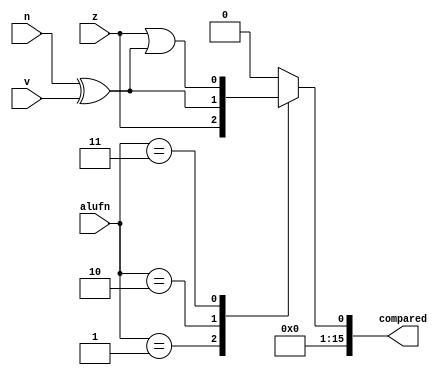
/*
   This file was generated automatically by the Mojo IDE version B1.3.6.
   Do not edit this file directly. Instead edit the original Lucid source.
   This is a temporary file and any changes made to it will be destroyed.
*/

module comp_5 (
    input [1:0] alufn,
    input z,
    input v,
    input n,
    output reg [15:0] compared
  );
  
  
  
  reg comp;
  
  always @* begin
    
    case (alufn)
      2'h1: begin
        comp = z;
      end
      2'h2: begin
        comp = n ^ v;
      end
      2'h3: begin
        comp = z | (n ^ v);
      end
      default: begin
        comp = 1'h0;
      end
    endcase
    compared[1+14-:15] = 15'h0000;
    compared[0+0-:1] = comp;
  end
endmodule